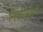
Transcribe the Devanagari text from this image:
निर्वासितांची